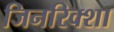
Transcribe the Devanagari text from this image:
जिनरिक्शा